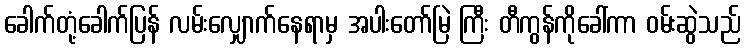
ခေါက်တုံ့ခေါက်ပြန် လမ်းလျှောက်နေရာမှ အပါးတော်မြဲ ကြီး တီကွန်ကိုခေါ်ကာ ဝမ်းဆွဲသည်